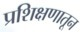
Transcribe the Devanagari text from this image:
प्रशिक्षणातून